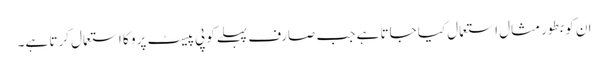
ان کو بطور مثال استعمال کیا جاتا ہے جب صارف پہلے کوپی پیسٹ پرو کا استعمال کرتا ہے۔